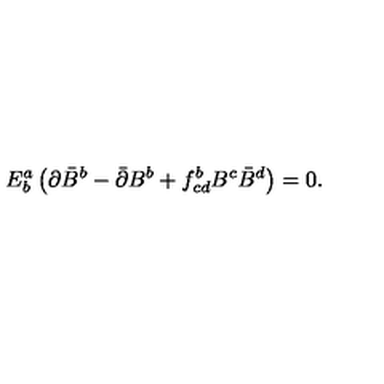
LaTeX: E _ { b } ^ { a } \left( \partial \bar { B } ^ { b } - \bar { \partial } B ^ { b } + f _ { c d } ^ { b } B ^ { c } \bar { B } ^ { d } \right) = 0 .